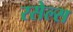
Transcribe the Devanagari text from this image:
रसेल्स